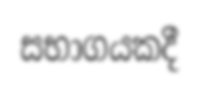
සභාගයකදී